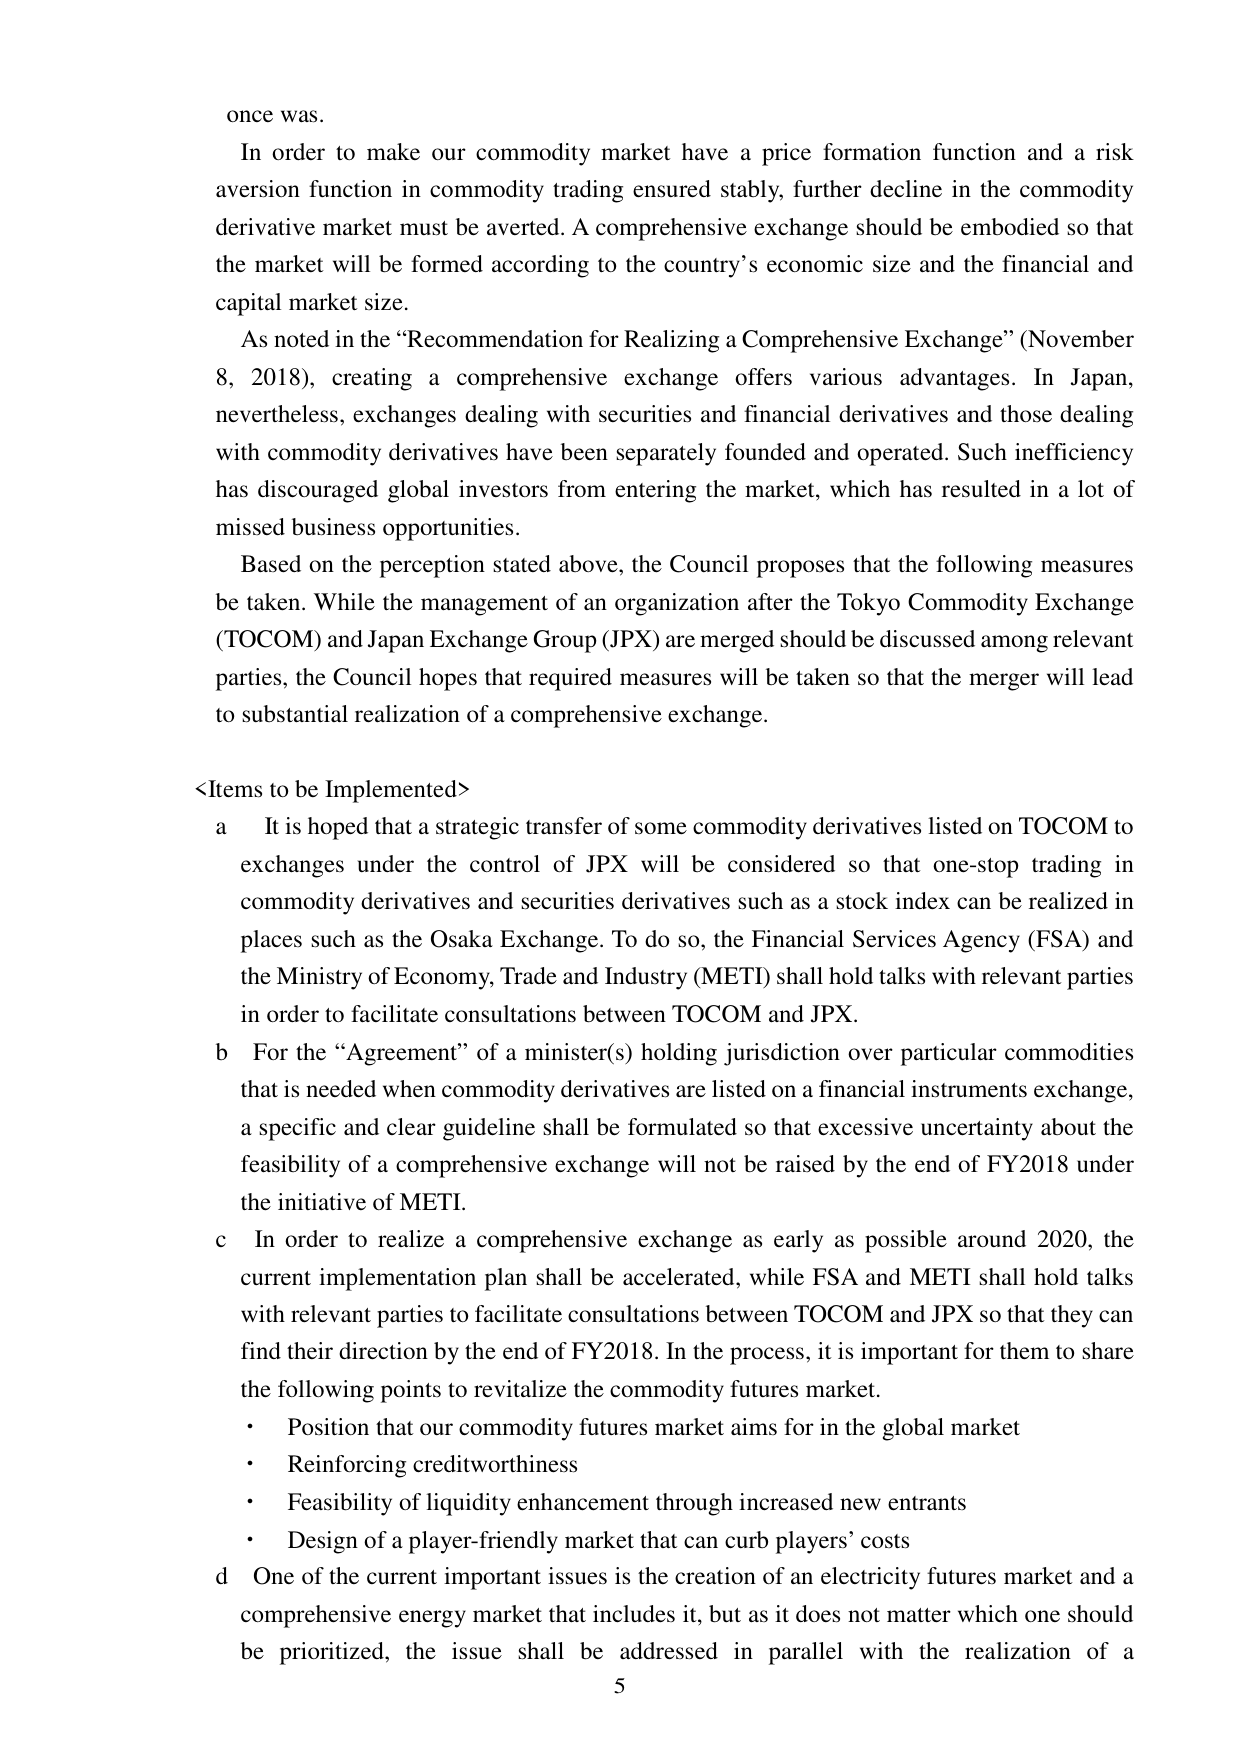
once was.

In order to make our commodity market have a price formation function and a risk aversion function in commodity trading ensured stably, further decline in the commodity derivative market must be averted. A comprehensive exchange should be embodied so that the market will be formed according to the country’s economic size and the financial and capital market size.

As noted in the “Recommendation for Realizing a Comprehensive Exchange” (November 8, 2018), creating a comprehensive exchange offers various advantages. In Japan, nevertheless, exchanges dealing with securities and financial derivatives and those dealing with commodity derivatives have been separately founded and operated. Such inefficiency has discouraged global investors from entering the market, which has resulted in a lot of missed business opportunities.

Based on the perception stated above, the Council proposes that the following measures be taken. While the management of an organization after the Tokyo Commodity Exchange (TOCOM) and Japan Exchange Group (JPX) are merged should be discussed among relevant parties, the Council hopes that required measures will be taken so that the merger will lead to substantial realization of a comprehensive exchange.

<Items to be Implemented>
a It is hoped that a strategic transfer of some commodity derivatives listed on TOCOM to exchanges under the control of JPX will be considered so that one-stop trading in commodity derivatives and securities derivatives such as a stock index can be realized in places such as the Osaka Exchange. To do so, the Financial Services Agency (FSA) and the Ministry of Economy, Trade and Industry (METI) shall hold talks with relevant parties in order to facilitate consultations between TOCOM and JPX.

b For the “Agreement” of a minister(s) holding jurisdiction over particular commodities that is needed when commodity derivatives are listed on a financial instruments exchange, a specific and clear guideline shall be formulated so that excessive uncertainty about the feasibility of a comprehensive exchange will not be raised by the end of FY2018 under the initiative of METI.

c In order to realize a comprehensive exchange as early as possible around 2020, the current implementation plan shall be accelerated, while FSA and METI shall hold talks with relevant parties to facilitate consultations between TOCOM and JPX so that they can find their direction by the end of FY2018. In the process, it is important for them to share the following points to revitalize the commodity futures market.
• Position that our commodity futures market aims for in the global market
• Reinforcing creditworthiness
• Feasibility of liquidity enhancement through increased new entrants
• Design of a player-friendly market that can curb players’ costs

d One of the current important issues is the creation of an electricity futures market and a comprehensive energy market that includes it, but as it does not matter which one should be prioritized, the issue shall be addressed in parallel with the realization of a

5